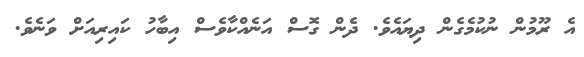
އެ ރޫމުން ނުކުމެގެން ދިޔައެވެ. ދެން ގޮސް އަނެއްކާވެސް އިބާހު ކައިރިއަށް ވަނެވެ.